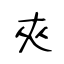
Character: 夾